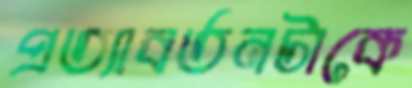
প্রত্যাবর্তনটাকে